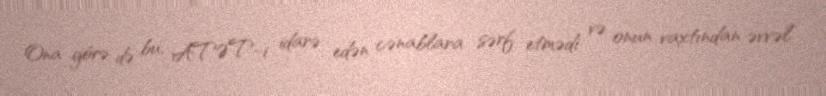
Ona görə də bu, ATƏT-i idarə edən cənablara sərf etmədi və onun vaxtından əvvəl